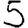
Digit: 5